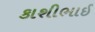
કાશીભાઈ